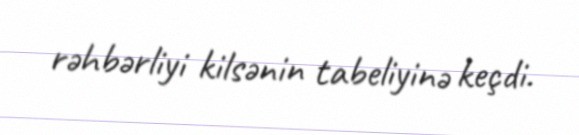
rəhbərliyi kilsənin tabeliyinə keçdi.